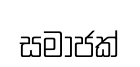
සමාජක්